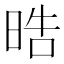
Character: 晧